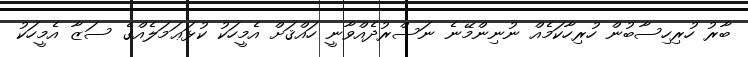
ބާރު ހުރިހިސާބުން ހުރިހާކަމެއް ނުނިންމޭނެ ނަސްރުދެއްވާނީ ހައްޤަށް އެމީހަކު ކުޅަޢަމަލެއްގެ ސަޒާ އެމީހަކު